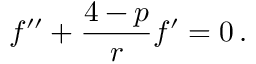
f ^ { \prime \prime } + \frac { 4 - p } { r } f ^ { \prime } = 0 \, .